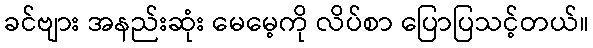
ခင်ဗျား အနည်းဆုံး မေမေ့ကို လိပ်စာ ပြောပြသင့်တယ်။